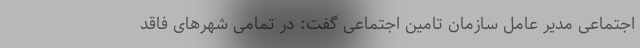
اجتماعی مدیر عامل سازمان تامین اجتماعی گفت: در تمامی شهرهای فاقد